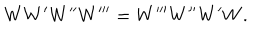
LaTeX: W W ^ { \prime } W ^ { \prime \prime } W ^ { \prime \prime \prime } = W ^ { \prime \prime \prime } W ^ { \prime \prime } W ^ { \prime } W .